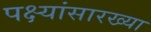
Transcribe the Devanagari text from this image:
पक्ष्यांसारख्या